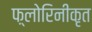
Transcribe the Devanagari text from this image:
फ़्लोरिनीकृत